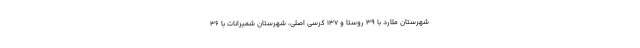
شهرستان ملارد با ۳۹ روستا و ۱۳۷ کرسی اصلی، شهرستان شمیرانات با ۳۶